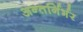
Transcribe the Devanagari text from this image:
अन्तर्निर्भर